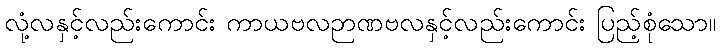
လုံ့လနှင့်လည်းကောင်း ကာယဗလဉာဏဗလနှင့်လည်းကောင်း ပြည့်စုံသော။